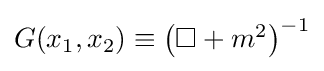
{\textstyle G(x_{1},x_{2})\equiv {\left(\Box +m^{2}\right)}^{-1}}